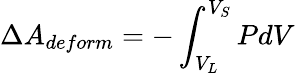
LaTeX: \Delta A_{deform}=-\int_{V_{L}}^{V_{S}}PdV